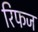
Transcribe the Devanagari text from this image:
रिफज